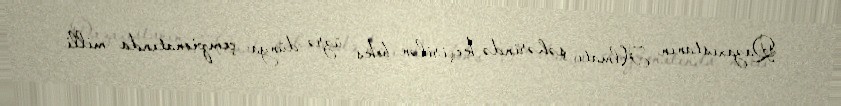
Qazaxıstanın Almatı şəhərində keçirilən boks üzrə dünya çempionatında milli